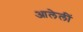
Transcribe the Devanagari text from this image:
आलेलीं